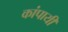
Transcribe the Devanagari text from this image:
कांपायी